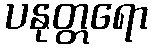
ပနုတ္တရော